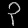
Digit: ၃